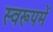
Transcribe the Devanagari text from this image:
स्वरूपमें